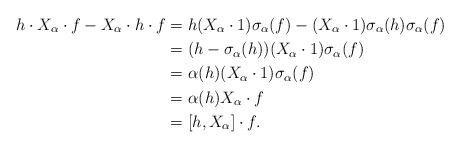
LaTeX: \begin{align*} h \cdot X_{\alpha} \cdot f - X_{\alpha} \cdot h \cdot f &= h(X_{\alpha} \cdot 1) \sigma_{\alpha}(f) - (X_{\alpha} \cdot 1) \sigma_{\alpha}(h)\sigma_{\alpha}(f)\\ &= (h - \sigma_{\alpha}(h))(X_{\alpha} \cdot 1) \sigma_{\alpha}(f)\\ &= \alpha(h)(X_{\alpha} \cdot 1) \sigma_{\alpha}(f)\\ &= \alpha(h)X_{\alpha} \cdot f\\ &= [h,X_{\alpha}] \cdot f.\end{align*}